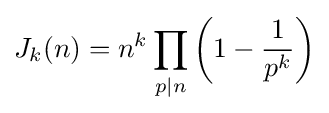
J_{k}(n)=n^{k}\prod _{p|n}\left(1-{\frac {1}{p^{k}}}\right)